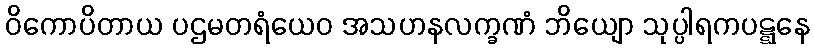
ဝိကောပိတာယ ပဌမတရံယေဝ အသဟနလက္ခဏံ ဘိယျော သုပ္ပါရကပဋ္ဋနေ